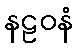
နဠဝနံ